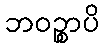
ဘဝဉ္စာပိ